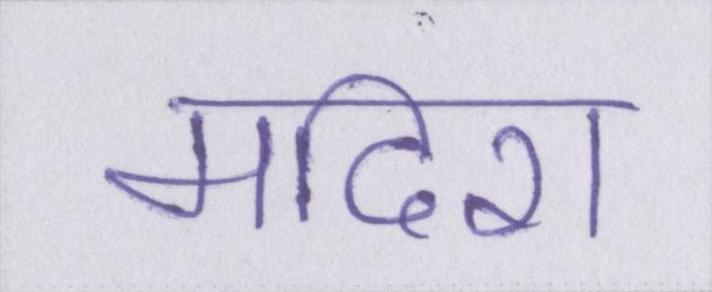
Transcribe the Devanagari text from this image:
मदिरा